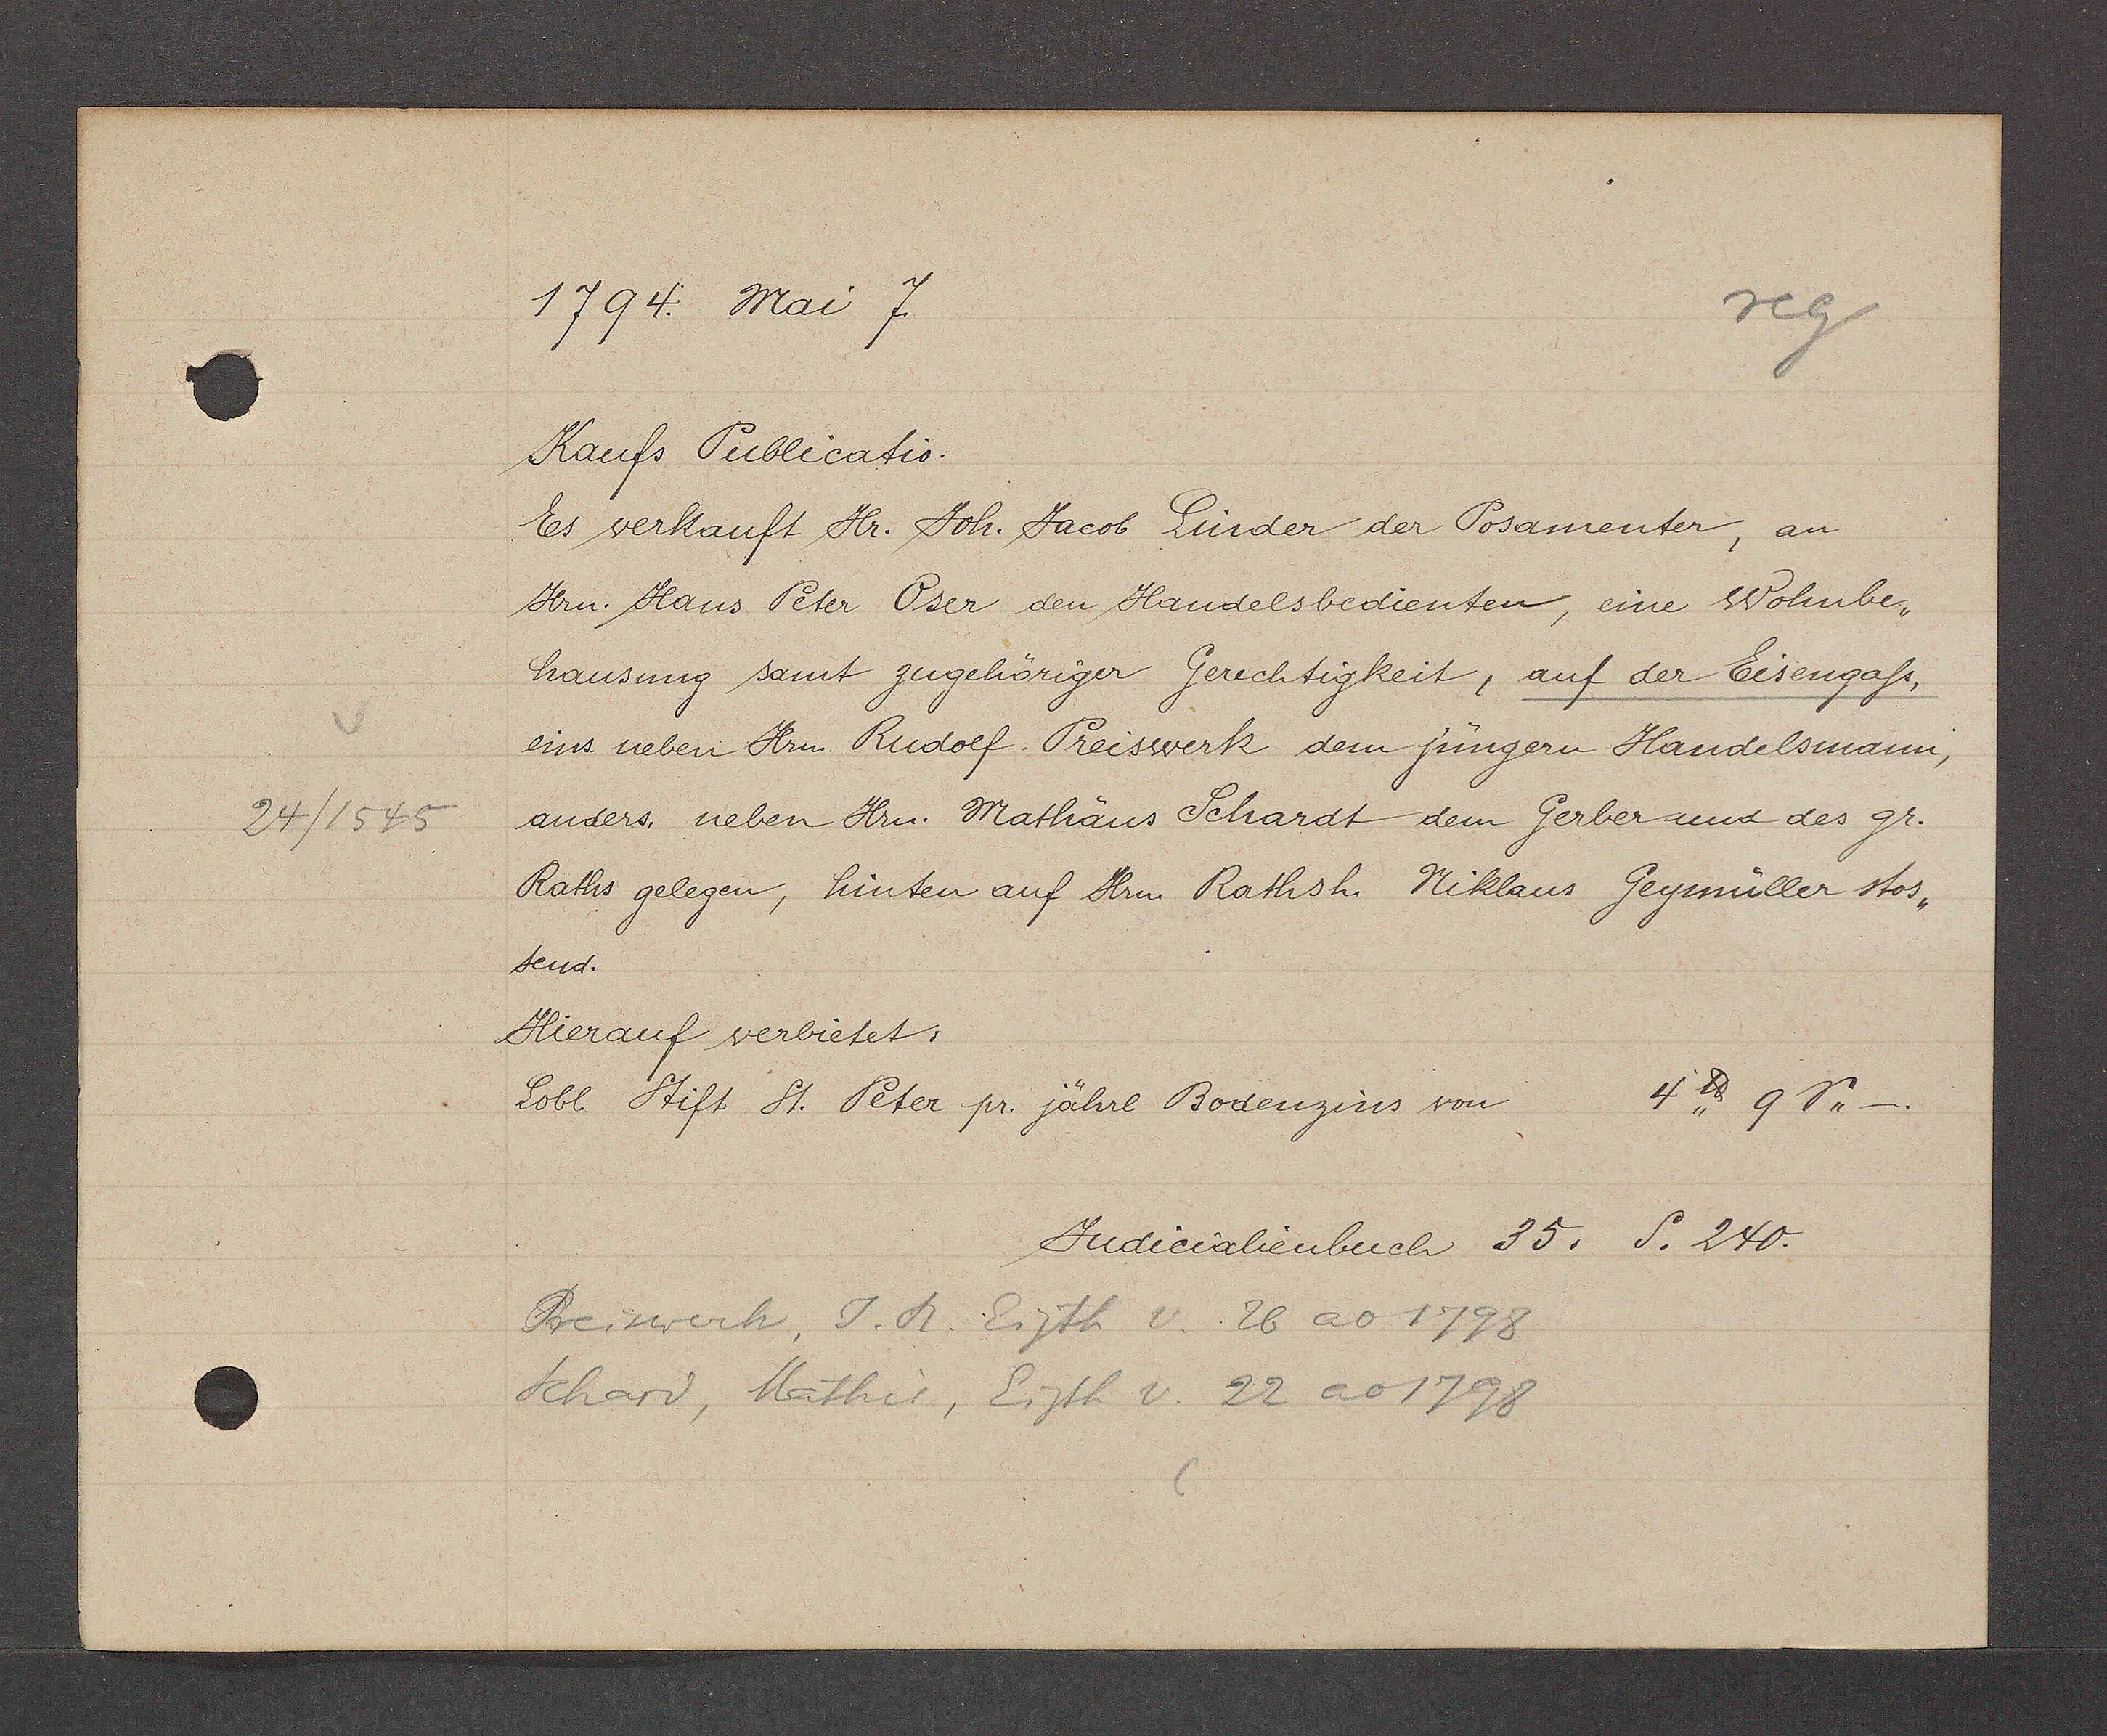
Transcript:
24/1545

1794. Mai 7
Kaufs Publicatio.
Es verkauft Hr. Joh. Jacob Linder der Posamenter, an
Hrn Hans Peter Oser den Handelsbedienten, eine Wohnbe-
hausung samt zugehöriger Gerechtigkeit, auf der Eisengaß.
eins neben Hrn. Rudolf. Preiswerk dem jungern Handelsmann,
anders. neben Hrn. Mathäus Schardt dem Gerber und des gr.
Raths gelegen, hinten auf Hrn Rathsh. Niklaus Geymüller stos¬
hnd.
Hierauf verbietet.
4℔ 9 S " -
Lobl Stift St. Peter pr. jährl Bodenzins von
Judicialienbuch 35. S. 240.
Preiswerk, J. R. Eigth v. 26 ao 1798
Schard, Mathis, Eigth v. 22 ao 1798